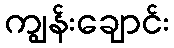
ကျွန်းချောင်း